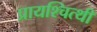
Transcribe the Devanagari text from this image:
प्रायश्चित्थी